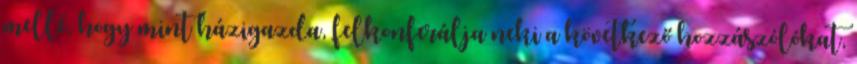
mellé, hogy mint házigazda, felkonferálja neki a követ­kező hozzászólókat,